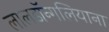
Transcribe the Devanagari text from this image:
लालडॉन्गलियाना